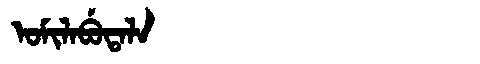
Manchu: ᠣᠮᡳᠯᠠᠪᡠᡨᠠᠯᠠ
Romanization: OMILABUTALA